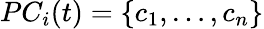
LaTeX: PC_{i}(t)=\{ c_{1},\ldots,c_{n}\}